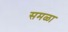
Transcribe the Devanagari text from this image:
समळा